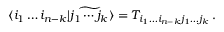
\langle i _ { 1 } \dots i _ { n - k } | \widetilde { j _ { 1 } \cdots j _ { k } } \rangle = T _ { i _ { 1 } \dots i _ { n - k } j _ { 1 } \dots j _ { k } } \, .